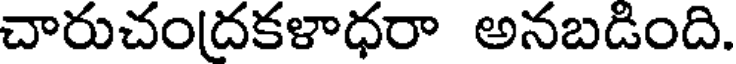
చారుచందకళాధరా అనబడింది.